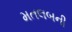
મતલબની